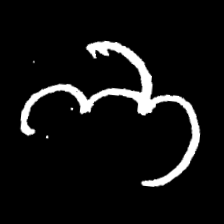
Pyu character \u2014 Myanmar letter: ဘ (romanized: bha)